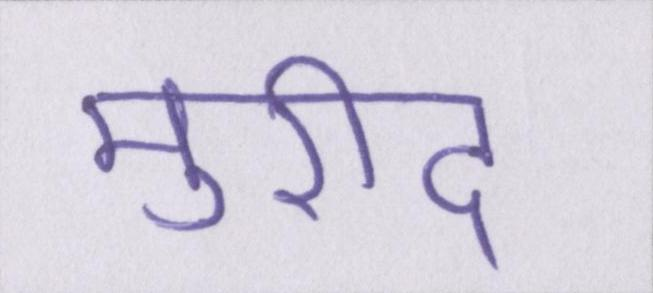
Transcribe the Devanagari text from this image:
मुरीद